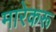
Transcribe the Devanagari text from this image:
मारेकरू